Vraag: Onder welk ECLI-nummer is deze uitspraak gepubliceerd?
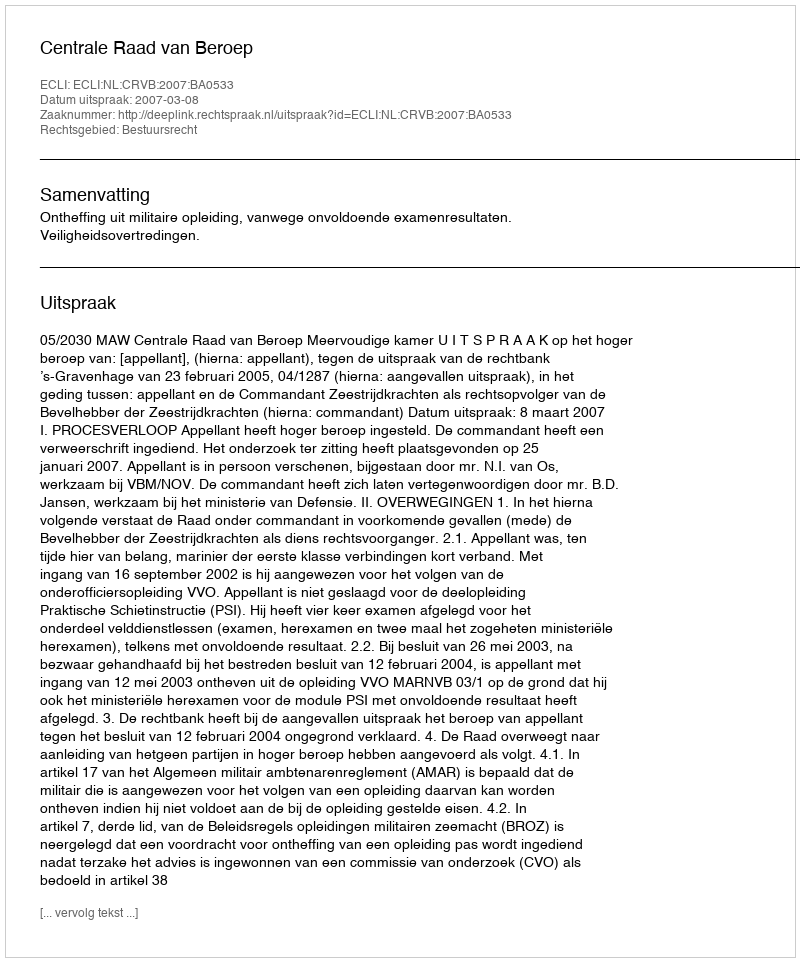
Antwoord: ECLI:NL:CRVB:2007:BA0533